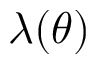
\lambda ( \theta )